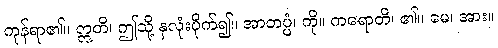
ကုန်ရာ၏။ ဣတိ၊ ဤသို့ နှလုံးပိုက်၍။ အာတပ္ပံ၊ ကို။ ကရောတိ၊ ၏။ မေ၊ အား။